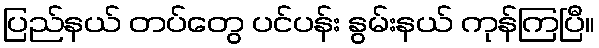
ပြည်နယ် တပ်တွေ ပင်ပန်း နွမ်းနယ် ကုန်ကြပြီ။